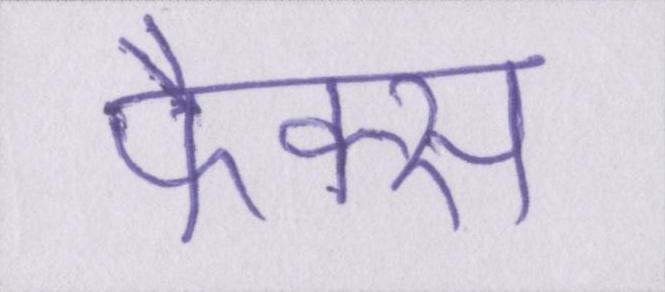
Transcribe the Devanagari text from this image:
फैक्स